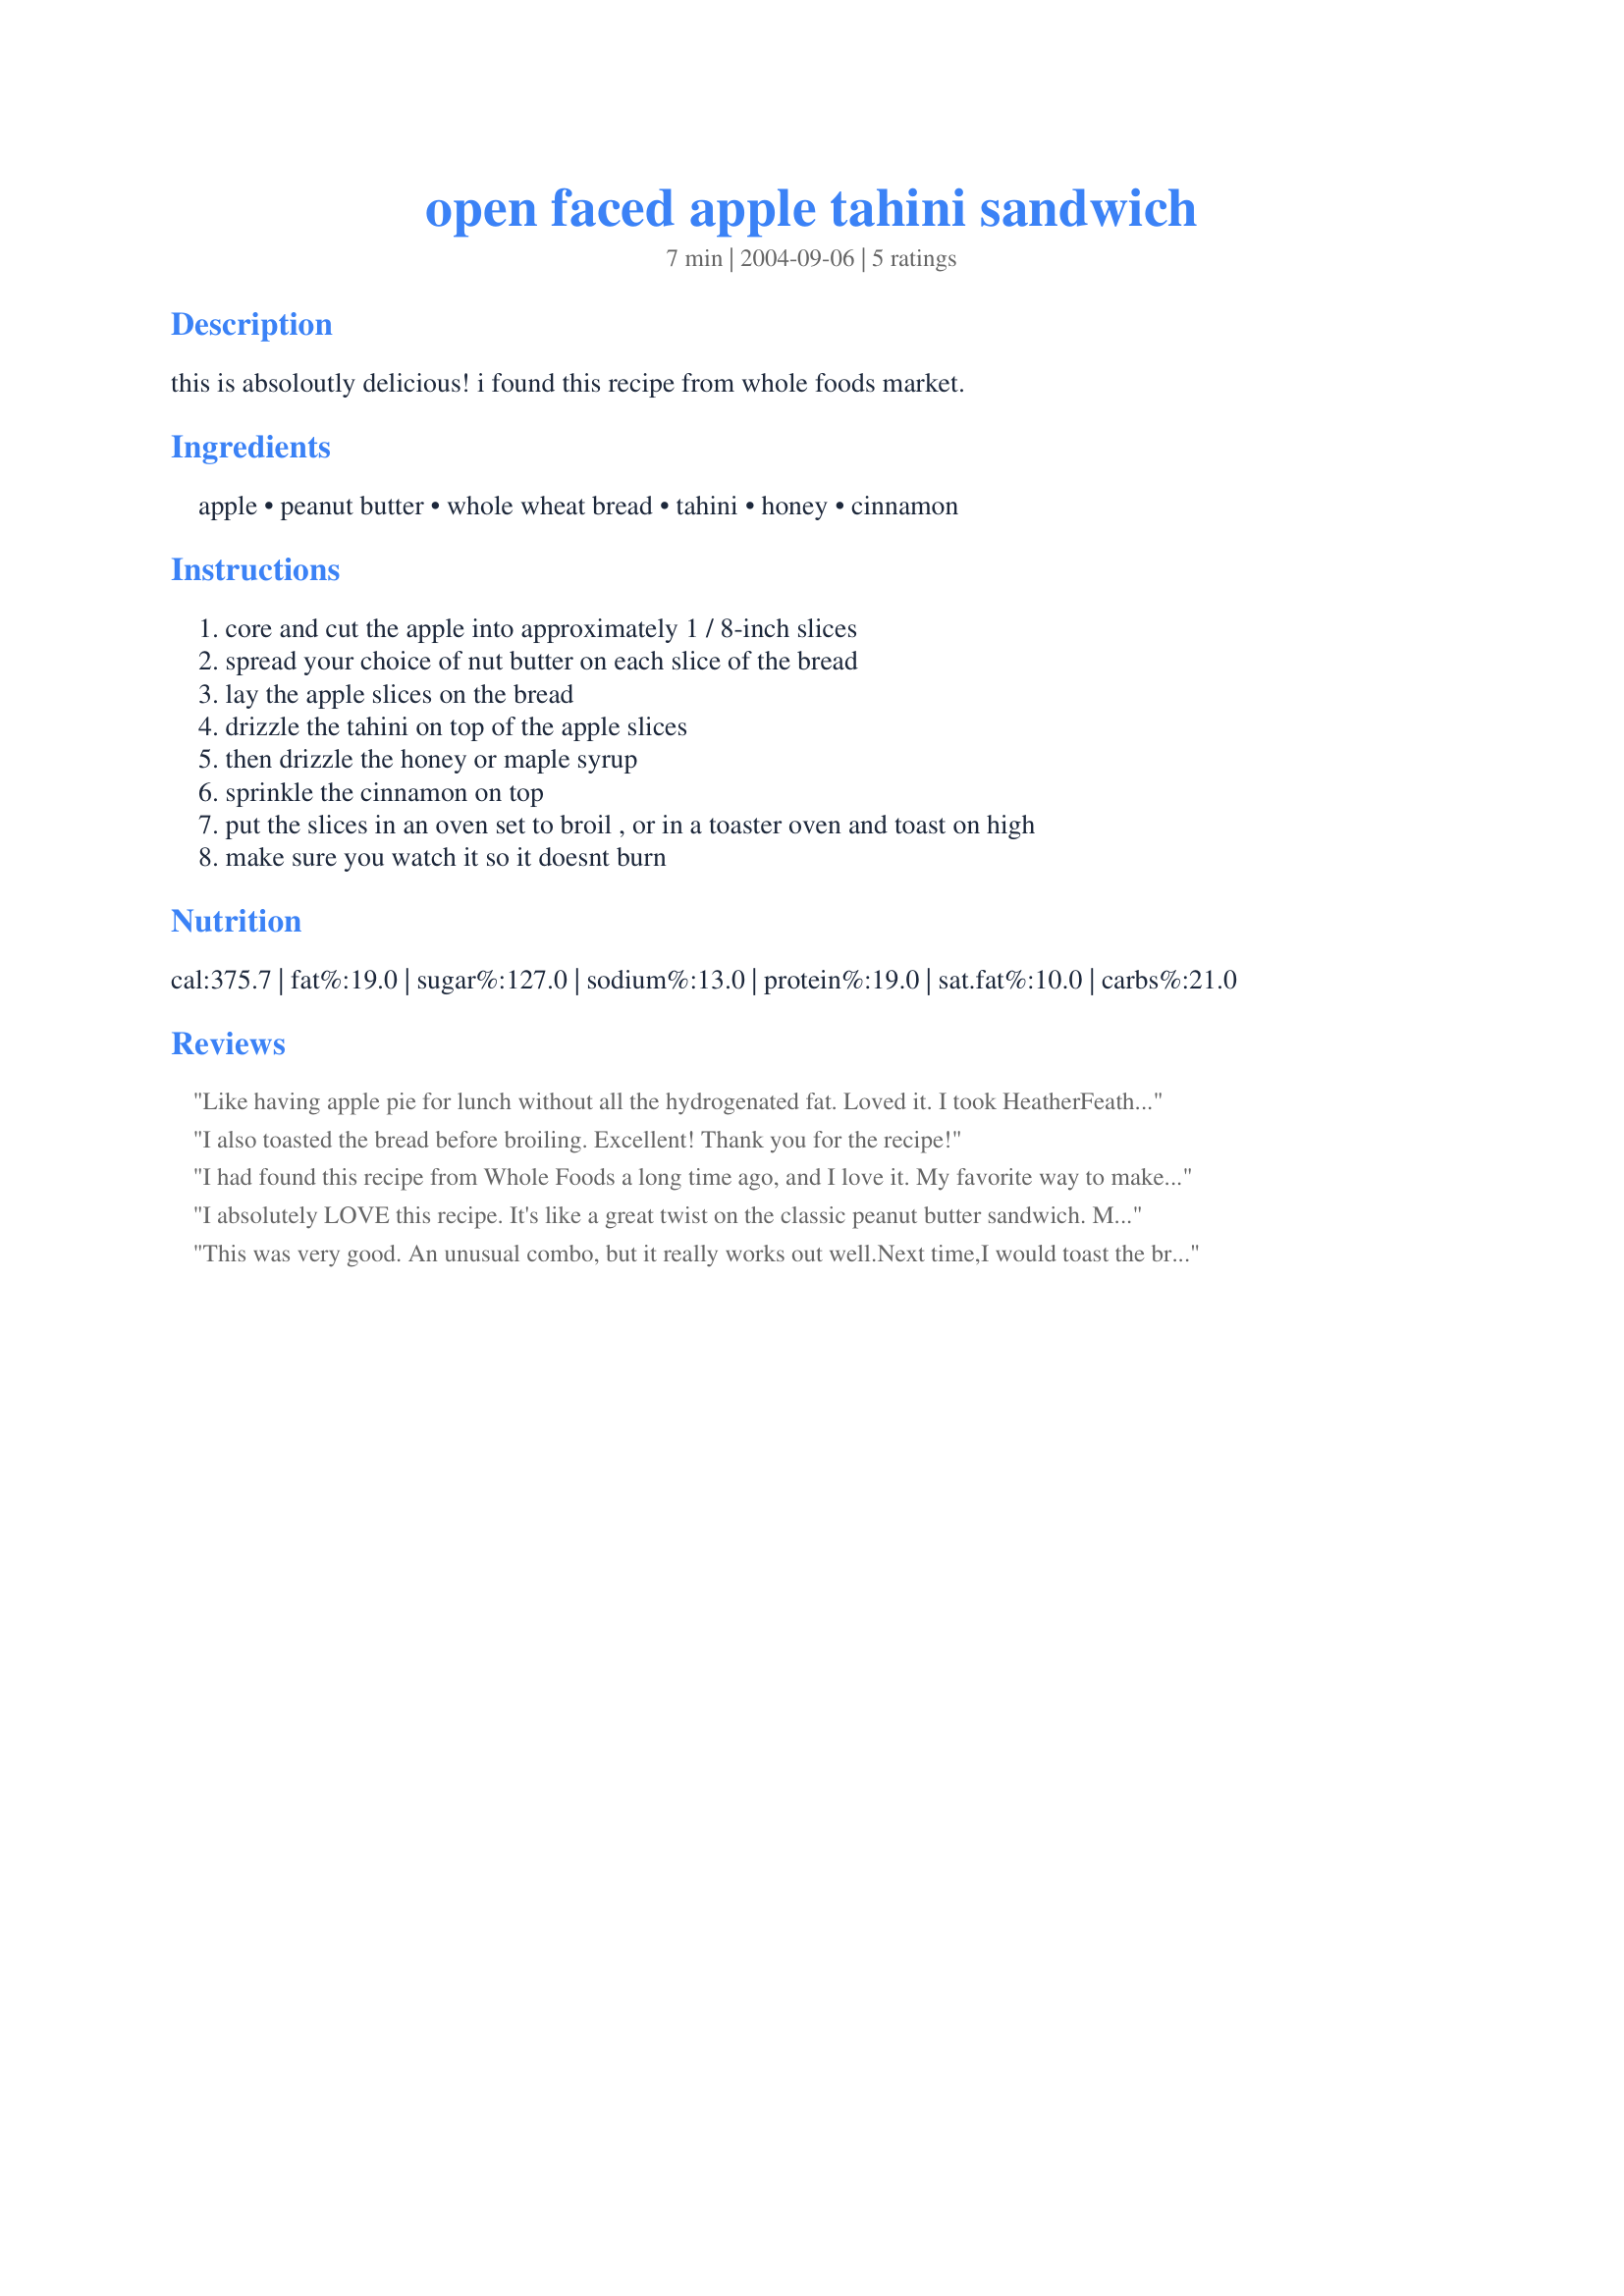
open faced apple tahini sandwich
Preparation time: 7 minutes

this is absoloutly delicious! i found this recipe from whole foods market.

Ingredients:
apple, peanut butter, whole wheat bread, tahini, honey, cinnamon

Steps:
core and cut the apple into approximately 1 / 8-inch slices, spread your choice of nut butter on each slice of the bread, lay the apple slices on the bread, drizzle the tahini on top of the apple slices, then drizzle the honey or maple syrup, sprinkle the cinnamon on top, put the slices in an oven set to broil , or in a toaster oven and toast on high, make sure you watch it so it doesnt burn

Reviews:
Like having apple pie for lunch without all the hydrogenated fat. Loved it. I took HeatherFeather's suggestion and first toasted the bread. I liked the proportions of the ingredients and made no changes. Great sandwich, Nadia.
I also toasted the bread before broiling. Excellent! Thank you for the recipe!
I had found this recipe from Whole Foods a long time ago, and I love it. My favorite way to make it is with cinnamon-raisin bread toasted first, and I use hazelnut butter in place of the peanut butter. It is a very adaptable recipe and there is something so comforting about the smell of warm apples and cinnamon. Yum!!
I absolutely LOVE this recipe. It's like a great twist on the classic peanut butter sandwich. My plan for this week is to try it with a pear instead of an apple. Thank you so much for posting this recipe. It's simple and the flavors go together really well. I will definetly be making this a lot in the future!
This was very good. An unusual combo, but it really works out well.Next time,I would toast the bread lightly first before adding the rest of the ingredients and then broiling, as it got a little soft in spots under the apples. I also would use a bit more peanut butter and a little less tahini to balance the flavors - perhaps 2 tsp of each. But really - this is a great choice for a light lunch, especially for a Vegetarian or a a dieter. Very filling.
